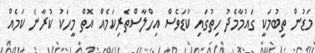
މަޑުން ތިބުމަކީ ގައުމާމެދު ހިތުގައި ކުޑަވެސް އިހްލާސްތެރިކަމެއް އޮތް މީހަކު ކުރާނެ ކަމެއް